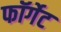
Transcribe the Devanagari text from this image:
फॉर्गेट